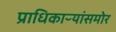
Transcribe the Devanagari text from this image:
प्राधिकाऱ्यांसमोर